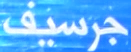
جرسيف